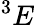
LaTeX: ^3E